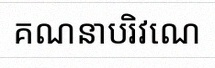
គណនាបរិវេណ